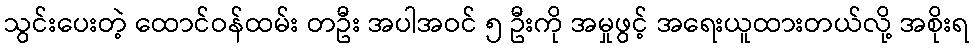
သွင်းပေးတဲ့ ထောင်ဝန်ထမ်း တဦး အပါအဝင် ၅ ဦးကို အမှုဖွင့် အရေးယူထားတယ်လို့ အစိုးရ